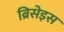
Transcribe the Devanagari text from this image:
ब्रिसेइस